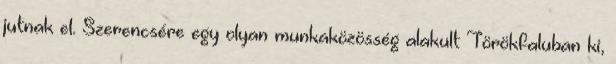
jutnak el. Szerencsére egy olyan munkaközösség alakult Törökfaluban ki,